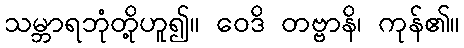
သမ္ဘာရဘုံတို့ဟူ၍။ ဝေဒိ တဗ္ဗာနိ၊ ကုန်၏။